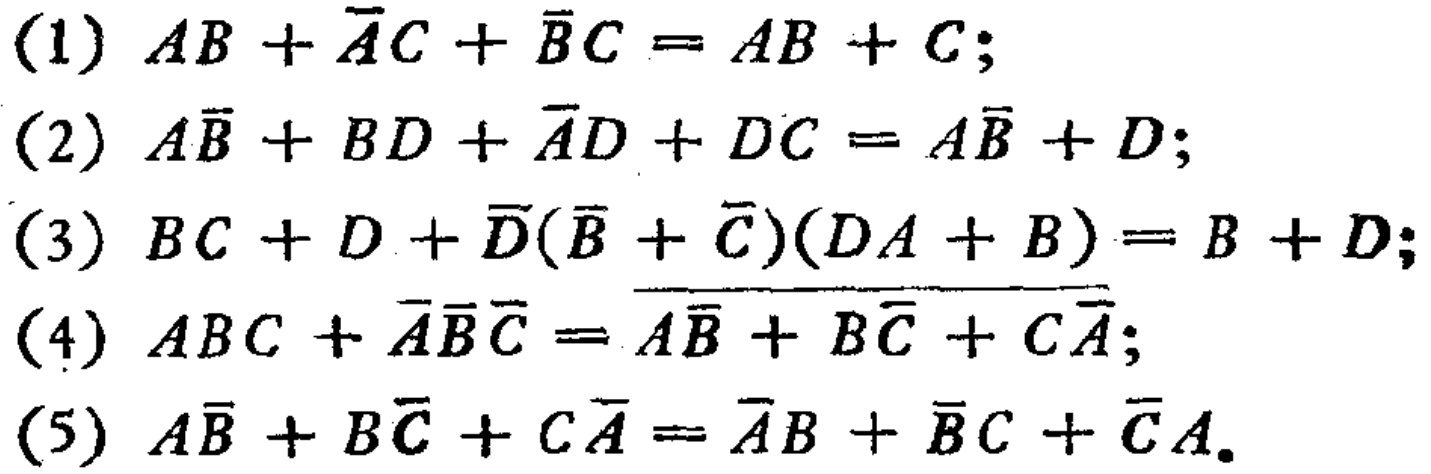
(1) \(AB+\overline{A}C+\overline{B}C = AB + C\);

(2) \(A\overline{B}+BD+\overline{A}D + DC=A\overline{B}+D\);

(3) \(BC + D+\overline{D}(\overline{B}+\overline{C})(DA + B)=B + D\);

(4) \(ABC+\overline{A}\overline{B}\overline{C}=\overline{A\overline{B}+B\overline{C}+C\overline{A}}\);

(5) \(A\overline{B}+B\overline{C}+C\overline{A}=\overline{A}B+\overline{B}C+\overline{C}A\)